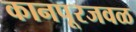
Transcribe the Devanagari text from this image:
कानपूरजवळ